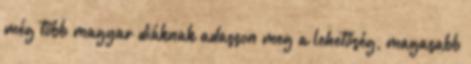
még több magyar diáknak adasson meg a lehetőség, magasabb